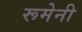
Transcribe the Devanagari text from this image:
रूमेनी